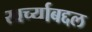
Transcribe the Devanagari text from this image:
खर्च्याबद्दल